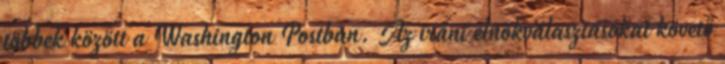
többek között a Washington Postban. Az iráni elnökválasztásokat követő